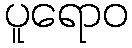
ပူရောဝ